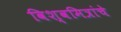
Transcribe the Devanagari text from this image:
विश्वमित्रांचे